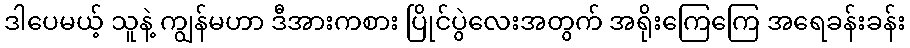
ဒါပေမယ့် သူနဲ့ ကျွန်မဟာ ဒီအားကစား ပြိုင်ပွဲလေးအတွက် အရိုးကြေကြေ အရေခန်းခန်း